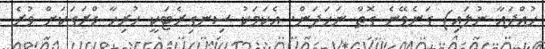
ހުއްދައާ ނުލައި) ގަނެވޭނެ ގޮތް ނަހަދަން. އެކަމަކު ސިނގިރެޓަކީ ހުރިހާ ޑްރަގަކަށް ވުރެ